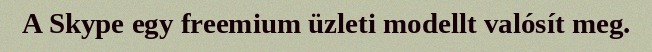
A Skype egy freemium üzleti modellt valósít meg.